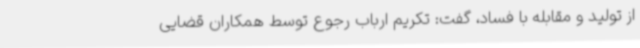
از تولید و مقابله با فساد، گفت: تکریم ارباب رجوع توسط همکاران قضایی